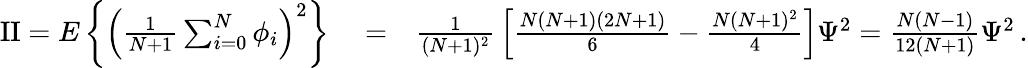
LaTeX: \begin{array}{rlr}{\mathrm{{II}}=E\left\{ \left({\frac{1}{N+1}}\sum_{i=0}^{N}\phi_{i}\right)^{2}\right\} }&{{}=}&{{\frac{1}{(N+1)^{2}}}\left[{\frac{N(N+1)(2N+1)}{6}}-{\frac{N(N+1)^{2}}{4}}\right]\Psi^{2}={\frac{N(N-1)}{12(N+1)}}\Psi^{2}\, .}\end{array}